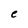
Character: e